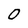
Character: 0